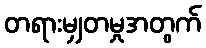
တရားမျှတမှုအတွက်